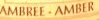
AMBREE-AMBER